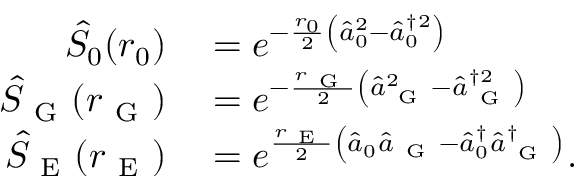
\begin{array} { r l } { \hat { S } _ { 0 } ( r _ { 0 } ) } & { { } = e ^ { - \frac { r _ { 0 } } { 2 } \left( \hat { a } _ { 0 } ^ { 2 } - \hat { a } _ { 0 } ^ { \dagger 2 } \right) } } \\ { \hat { S } _ { \mathrm { ~ G ~ } } ( r _ { \mathrm { ~ G ~ } } ) } & { { } = e ^ { - \frac { r _ { \mathrm { ~ G ~ } } } { 2 } \left( \hat { a } _ { \mathrm { ~ G ~ } } ^ { 2 } - \hat { a } _ { \mathrm { ~ G ~ } } ^ { \dagger 2 } \right) } } \\ { \hat { S } _ { \mathrm { ~ E ~ } } ( r _ { \mathrm { ~ E ~ } } ) } & { { } = e ^ { \frac { r _ { \mathrm { ~ E ~ } } } { 2 } \left( \hat { a } _ { 0 } \hat { a } _ { \mathrm { ~ G ~ } } - \hat { a } _ { 0 } ^ { \dagger } \hat { a } _ { \mathrm { ~ G ~ } } ^ { \dagger } \right) } . } \end{array}